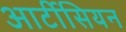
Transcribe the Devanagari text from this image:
आर्टीसियन